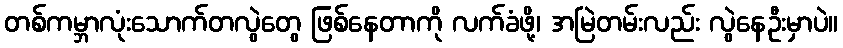
တစ်ကမ္ဘာလုံးသောက်တလွဲတွေ ဖြစ်နေတာကို လက်ခံဖို့၊ အမြဲတမ်းလည်း လွဲနေဦးမှာပဲ။